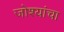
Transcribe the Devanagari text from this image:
जोश्यांचा